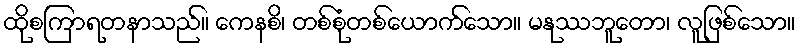
ထိုစကြာရတနာသည်။ ကေနစိ၊ တစ်စုံတစ်ယောက်သော။ မနုဿဘူတော၊ လူဖြစ်သော။